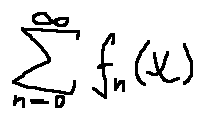
\sum \limits _ { n = 0 } ^ { \infty } f _ { n } ( x )